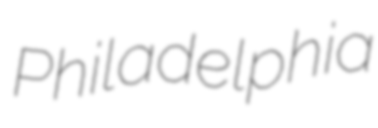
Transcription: Philadelphia